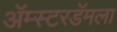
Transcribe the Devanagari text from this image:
ॲम्स्टरडॅमला